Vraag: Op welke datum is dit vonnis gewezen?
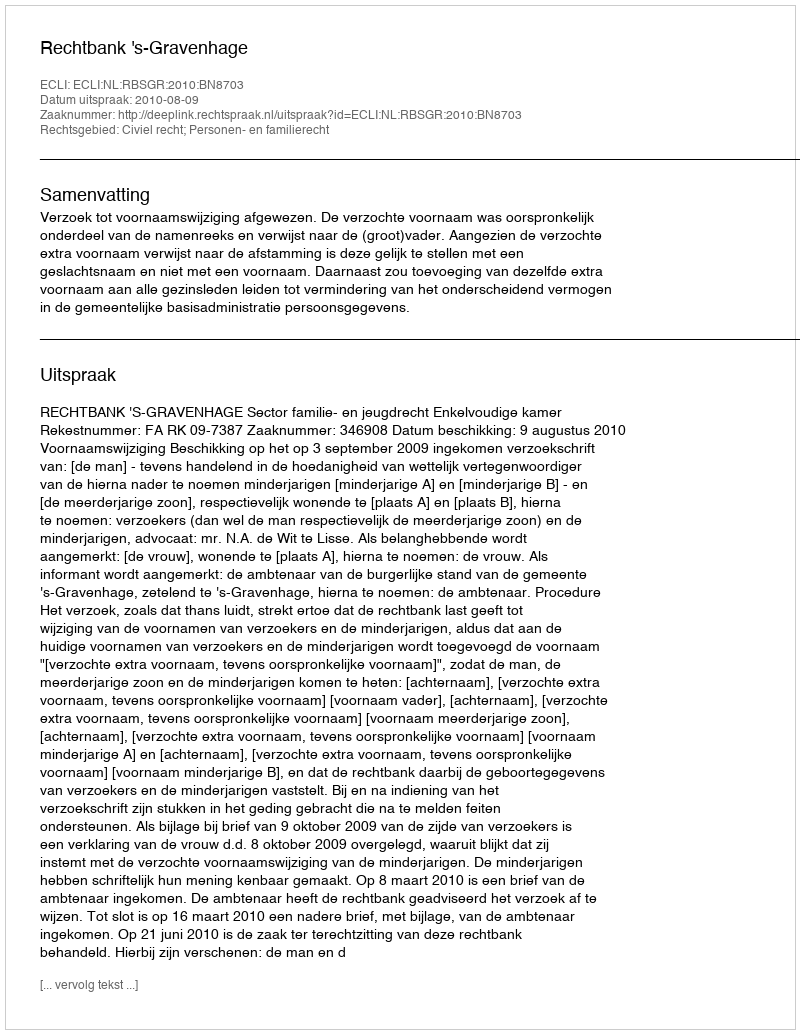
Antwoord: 2010-08-09